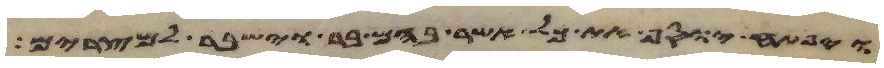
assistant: ויפתח יוסף את כל אשר בהם בר וישבר למצרים